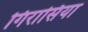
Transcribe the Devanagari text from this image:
गिरासिया